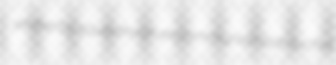
whikerby squeakyish excommunion barouchet